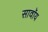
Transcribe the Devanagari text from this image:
सावॉय